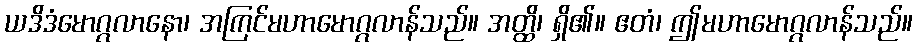
ယဒိဒံမောဂ္ဂလာနော၊ အကြင်မဟာမောဂ္ဂလာန်သည်။ အတ္ထိ၊ ရှိ၏။ ဧတံ၊ ဤမဟာမောဂ္ဂလာန်သည်။